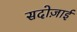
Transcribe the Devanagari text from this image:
सदोज़ाई